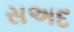
સઅદ